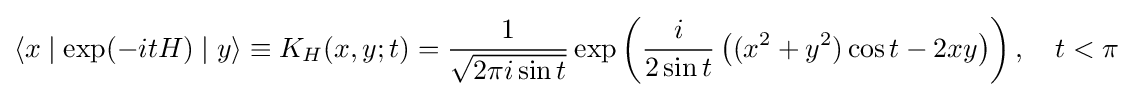
\langle x\mid \exp(-itH)\mid y\rangle \equiv K_{H}(x,y;t)={\frac {1}{\sqrt {2\pi i\sin t}}}\exp \left({\frac {i}{2\sin t}}\left((x^{2}+y^{2})\cos t-2xy\right)\right),\quad t<\pi